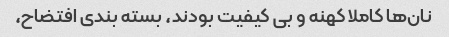
نان‌ها کاملا کهنه و بی کیفیت بودند، بسته بندی افتضاح،